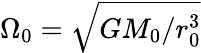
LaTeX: \Omega_{0}=\sqrt{GM_{0}/r_{0}^{3}}